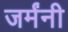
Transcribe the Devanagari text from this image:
जर्मंनी